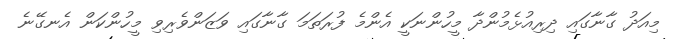
މިއަދު ގާނާގައި ދިރިއުޅެމުންދާ މީހުންނަކީ އެންމެ ފުރަތަމަ ގާނާގައި ވަޒަންވެރިވި މީހުންކަން އެނގޭނެ